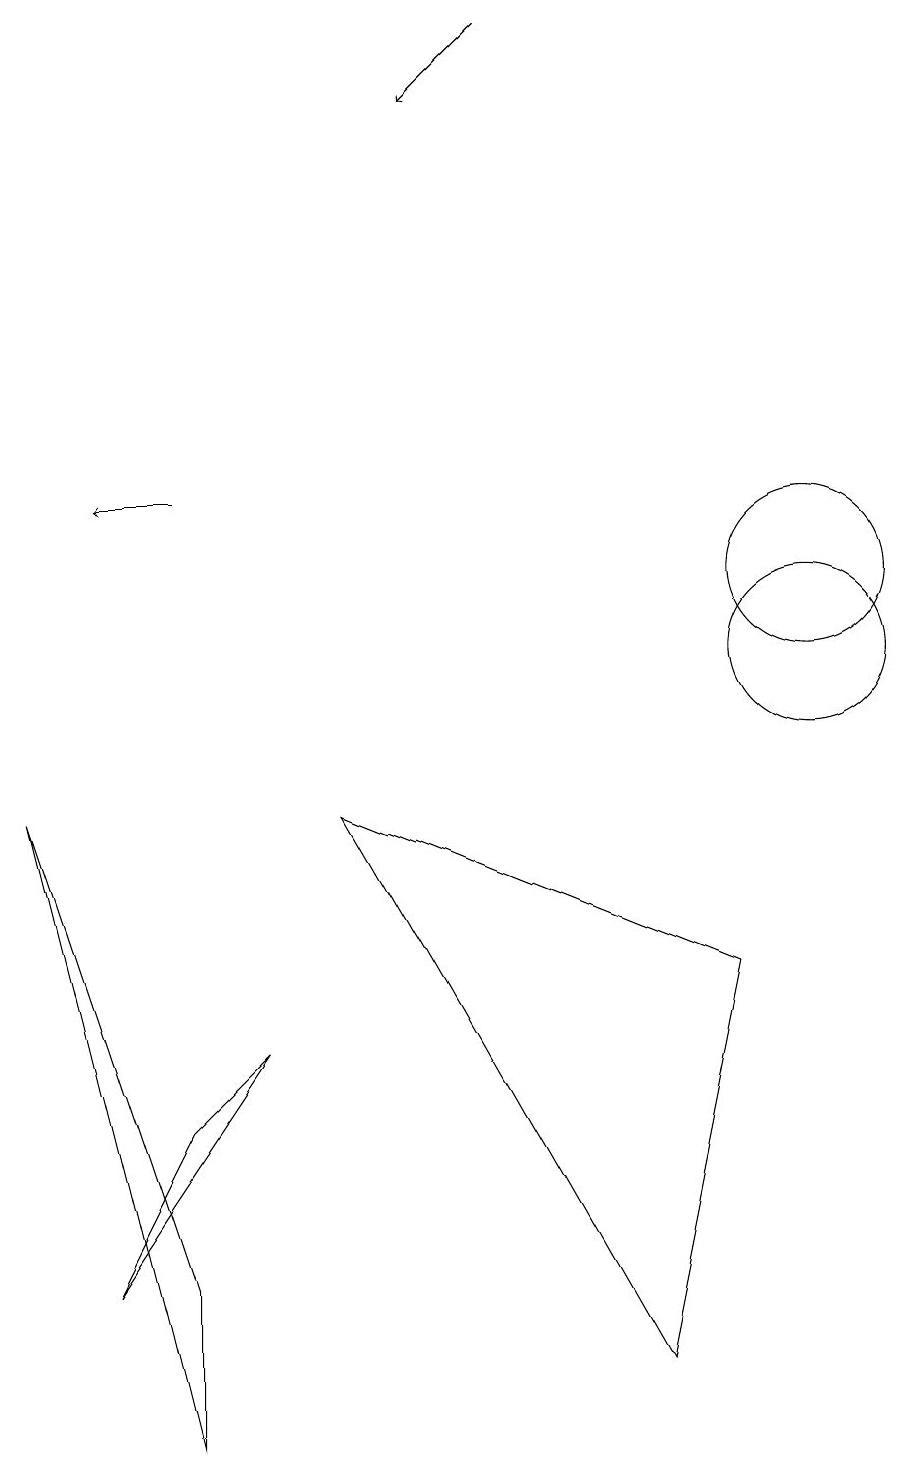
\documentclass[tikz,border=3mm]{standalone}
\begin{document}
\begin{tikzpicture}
\draw (10,12) circle (1);
\draw (1,3) -- (2,5) -- (3,6) -- cycle;
\draw[->] (2,13) -- (1,13);
\draw (0,9) -- (2,1) -- (2,3) -- cycle;
\draw (10,11) circle (1);
\draw (8,2) -- (4,9) -- (9,7) -- cycle;
\draw[->] (6,19) -- (5,18);
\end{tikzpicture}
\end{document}